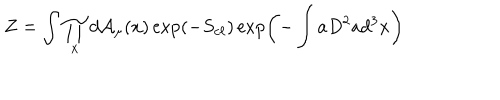
LaTeX: Z = \int \prod _ { x } d { \cal A } _ { \mu } ( x ) \exp ( - S _ { c \ell } ) \exp \left( - \int a D ^ { 2 } a d ^ { 3 } x \right)